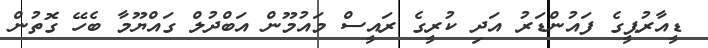
ޑީއާރުޕީގެ ފައުންޑަރު އަދި ކުރީގެ ރައީސް މައުމޫން އަބްދުލް ގައްޔޫމާ ބެހޭ ގޮތުން